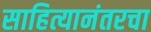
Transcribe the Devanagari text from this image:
साहित्यानंतरचा